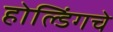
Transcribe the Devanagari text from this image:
होल्डिंगचे